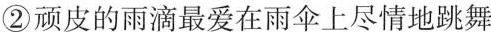
②顽皮的雨滴最爱在雨伞上尽情地跳舞